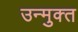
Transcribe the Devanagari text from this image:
उन्‍मुक्‍त